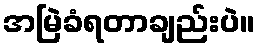
အမြဲခံရတာချည်းပဲ။